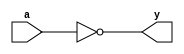
module zerodetect(a, y);

input [7:0] a;
output y;
assign y = (a==0);

endmodule